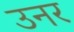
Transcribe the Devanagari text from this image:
उनर